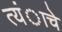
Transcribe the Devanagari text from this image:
त्यंाचे